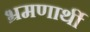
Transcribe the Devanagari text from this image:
भ्रमणार्थी